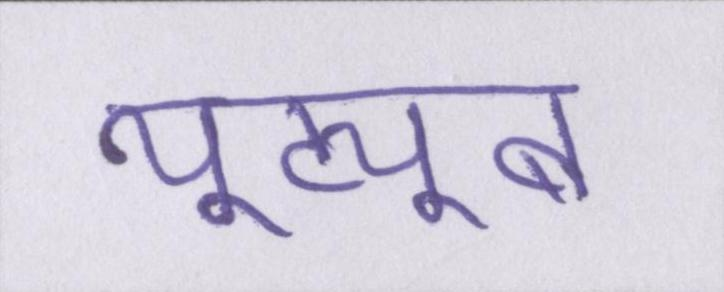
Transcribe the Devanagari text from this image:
यूट्यूब